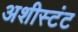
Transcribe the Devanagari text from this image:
अशीस्टंट